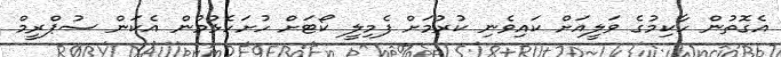
އެގޮތުން ހާކިމުގެ ވަލީއަށް ކައިވެނި ކުރުމަށް ފެމިލީ ކޯޓަށް ހުށަހެޅުމުން އެކަން ސުޕްރީމް